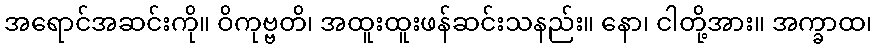
အရောင်အဆင်းကို။ ဝိကုဗ္ဗတိ၊ အထူးထူးဖန်ဆင်းသနည်း။ နော၊ ငါတို့အား။ အက္ခာထ၊